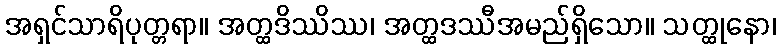
အရှင်သာရိပုတ္တရာ။ အတ္ထဒိဿိဿ၊ အတ္ထဒဿီအမည်ရှိသော။ သတ္ထုနော၊